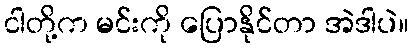
ငါတို့က မင်းကို ပြောနိုင်တာ အဲဒါပဲ။